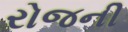
રોજની